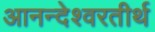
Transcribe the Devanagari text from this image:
आनन्देश्वरतीर्थ